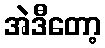
အဲဒီတော့